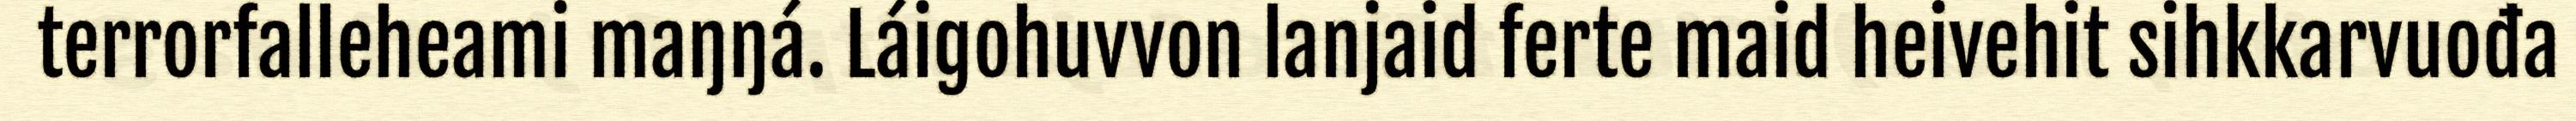
terrorfalleheami maŋŋá. Láigohuvvon lanjaid ferte maid heivehit sihkkarvuođa